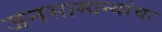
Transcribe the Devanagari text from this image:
जनसामान्यांचा